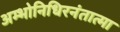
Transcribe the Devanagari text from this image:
अम्भोनिधिरनंतात्मा